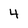
Character: 4